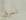
نسرق